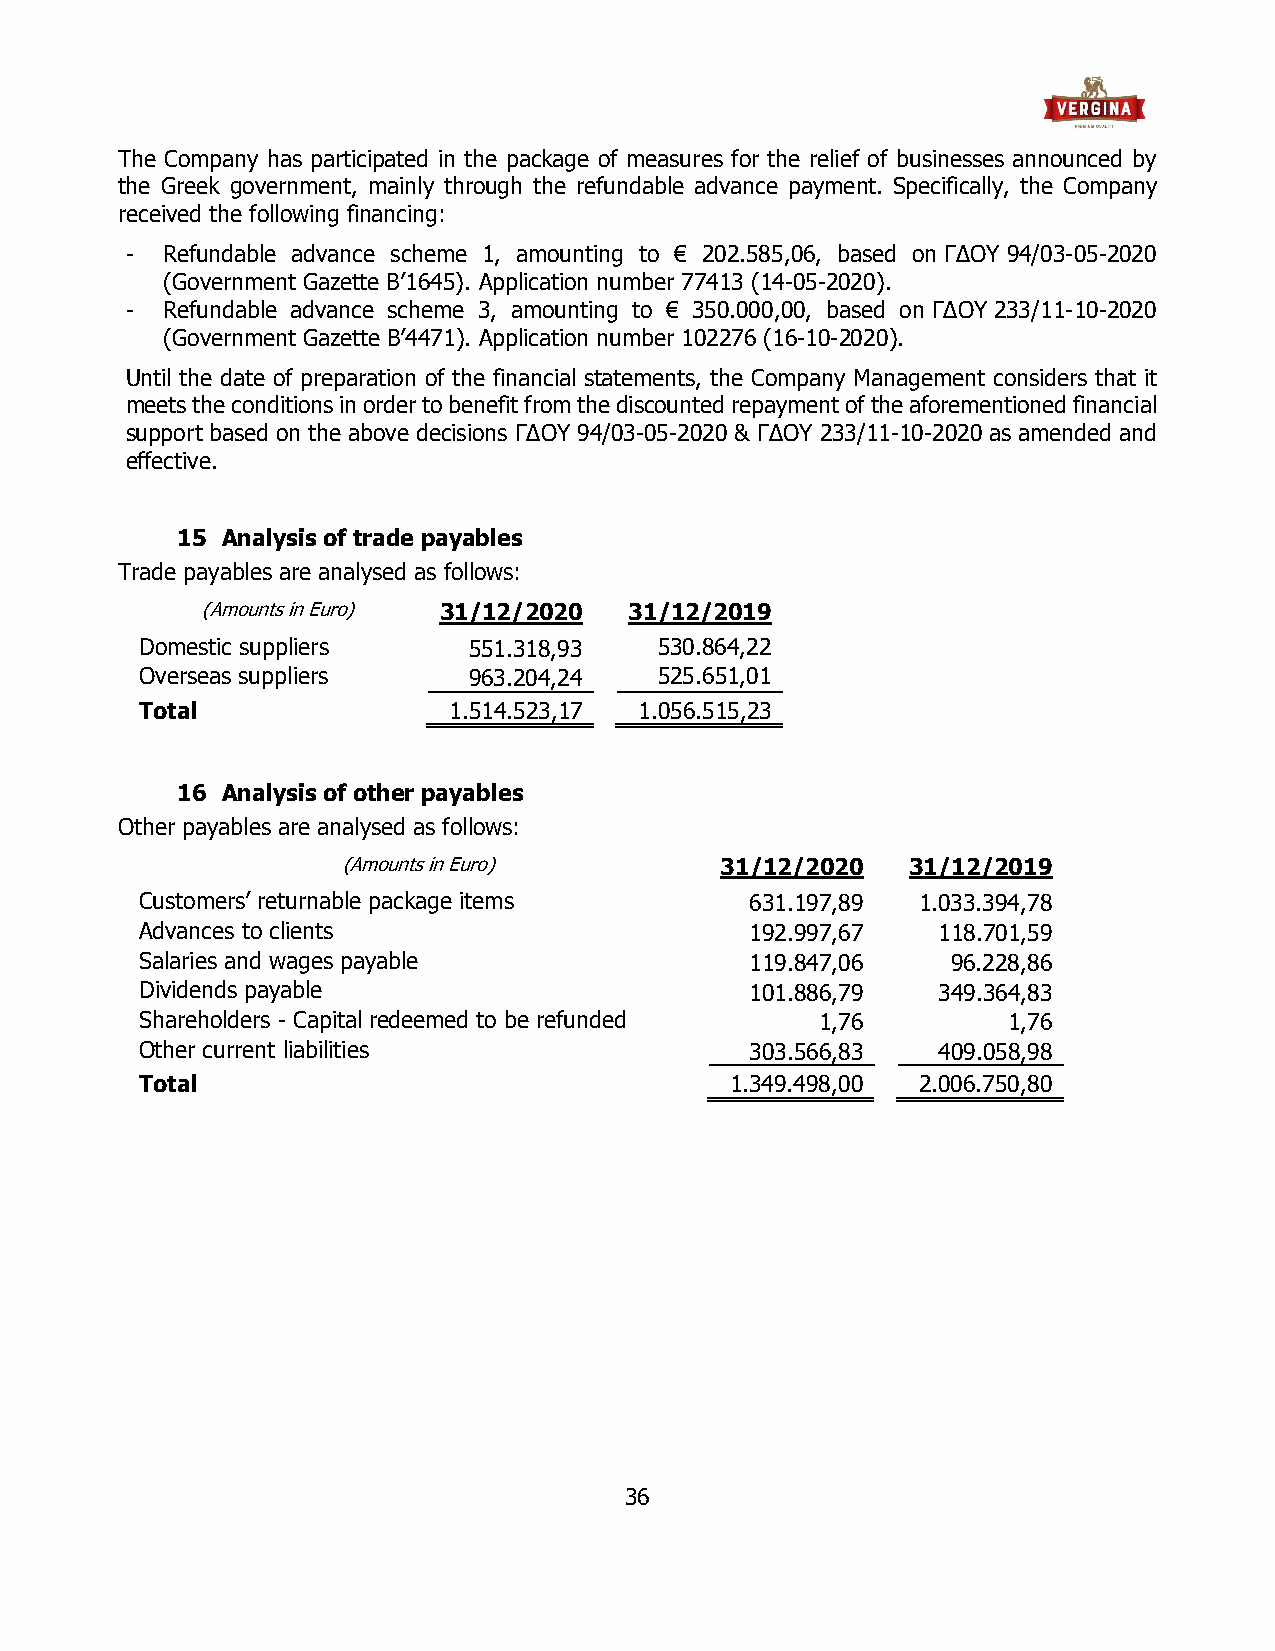
The Company has participated in the package of measures for the relief of businesses announced by
 the Greek government, mainly through the refundable advance payment. Specifically, the Company
 received the following financing:
 -  Refundable advance scheme 1, amounting to € 202.585,06, based on ΓΔΟΥ 94/03-05-2020
 (Government Gazette B’1645). Application number 77413 (14-05-2020).
 -  Refundable advance scheme 3, amounting to € 350.000,00, based on ΓΔΟΥ 233/11-10-2020
 (Government Gazette Β’4471). Application number 102276 (16-10-2020).
 Until the date of preparation of the financial statements, the Company Management considers that it
 meets the conditions in order to benefit from the discounted repayment of the aforementioned financial
 support based on the above decisions ΓΔΟΥ 94/03-05-2020 & ΓΔΟΥ 233/11-10-2020 as amended and
 effective.
 15 Analysis of trade payables
 Trade payables are analysed as follows:
 (Amounts in Euro) 31/12/2020 31/12/2019
 Domestic suppliers    551.318,93   530.864,22
 Overseas suppliers    963.204,24   525.651,01
 Total                1.514.523,17 1.056.515,23
 16 Analysis of other payables
 Other payables are analysed as follows:
 (Amounts in Euro)        31/12/2020  31/12/2019
 Customers’ returnable package items      631.197,89 1.033.394,78
 Advances to clients                      192.997,67  118.701,59
 Salaries and wages payable               119.847,06   96.228,86
 Dividends payable                        101.886,79  349.364,83
 Shareholders - Capital redeemed to be refunded 1,76       1,76
 Other current liabilities                303.566,83  409.058,98
 Total                                  1.349.498,00 2.006.750,80
 36